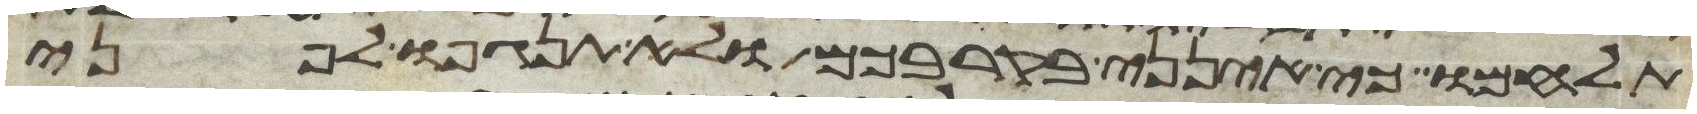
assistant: תלחמו כי אינני בקרבכם ולא תנגפו לפני